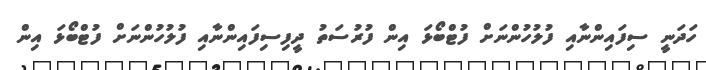
ހަދަނީ ސިފައިންނާއި ފުލުހުންނަށް ފުޓްބޯޅަ އިން ފުރުސަތު ދީފިސިފައިންނާއި ފުލުހުންނަށް ފުޓްބޯޅަ އިން